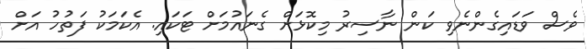
ވެސް ވަޑައިގެންނެވި ކަން ނާސިރު މިކޮޅަށް ގެނައުމަށް ޓަކައި. އެކަމަކު ފަތުހު އަށް